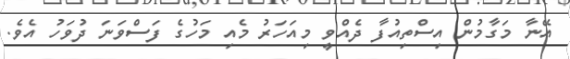
އޭނާ މަގާމުން އިސްތިއުފާ ދެއްވީ މިއަހަރު މެއި މަހުގެ ފަސްވަނަ ދުވަހު އެވެ.